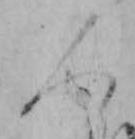
人